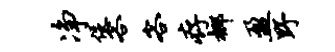
净促客客存榔盈野